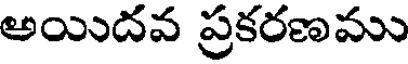
అయిదవ ప్రకరణము